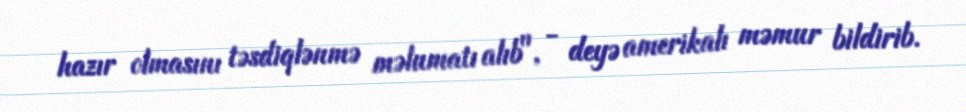
hazır olmasını təsdiqlənmə məlumatı alıb", - deyə amerikalı məmur bildirib.